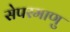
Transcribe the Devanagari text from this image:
सेपरमाणु